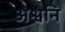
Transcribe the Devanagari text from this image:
अश्वनि